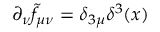
\partial _ { \nu } \tilde { f } _ { \mu \nu } = \delta _ { 3 \mu } \delta ^ { 3 } ( x )